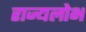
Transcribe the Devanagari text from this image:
राज्यलोभ